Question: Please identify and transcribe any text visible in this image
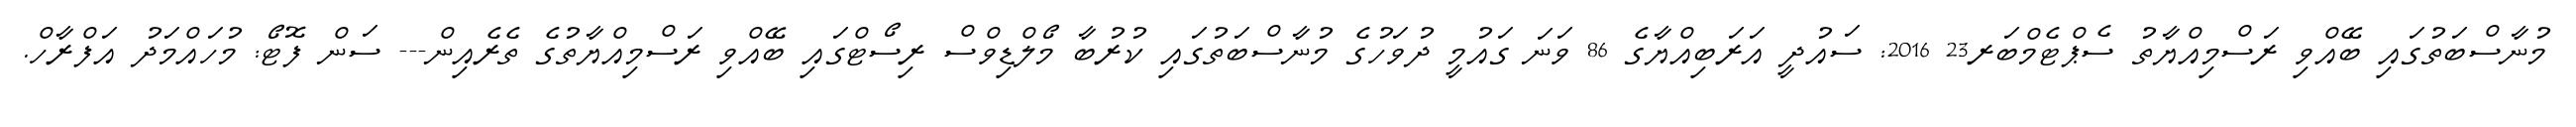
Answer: މުނާސްބަތުގައި ބޭއްވި ރަސްމިއްޔާތު ސެޕްޓެމްބަރ23 2016: ސައުދީ އަރަބިއްޔާގެ 86 ވަނަ ގައުމީ ދުވަހުގެ މުނާސްބަތުގައި ކުރުބާ މޯލްޑިވްސް ރިސޯޓްގައި ބޭއްވި ރަސްމިއްޔާތުގެ ތެރެއިން--- ސަން ފޮޓޯ: މުހައްމަދު އަފްރާހް.